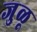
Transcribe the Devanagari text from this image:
जुळू